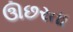
ઊછરતા